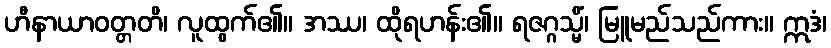
ဟီနာယာဝတ္တတိ၊ လူထွက်၏။ အဿ၊ ထိုရဟန်း၏။ ရဇဂ္ဂသ္မိံ၊ မြူမည်သည်ကား။ ဣဒံ၊